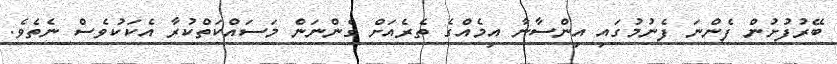
ބޭރުފުށުން ފެންނަ ފެނުމުގައި އިންސާނާ އިމެއްގެ ތެރެއަށް ގެންނަން މަސައްކަތްކުރާ އެކަކުވެސް ނެތެވެ.